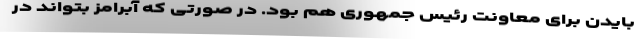
بایدن برای معاونت رئیس جمهوری هم بود. در صورتی که آبرامز بتواند در